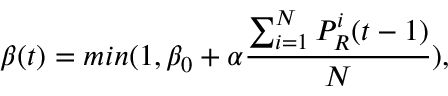
\beta ( t ) = m i n ( 1 , \beta _ { 0 } + \alpha \frac { \sum _ { i = 1 } ^ { N } P _ { R } ^ { i } ( t - 1 ) } { N } ) ,